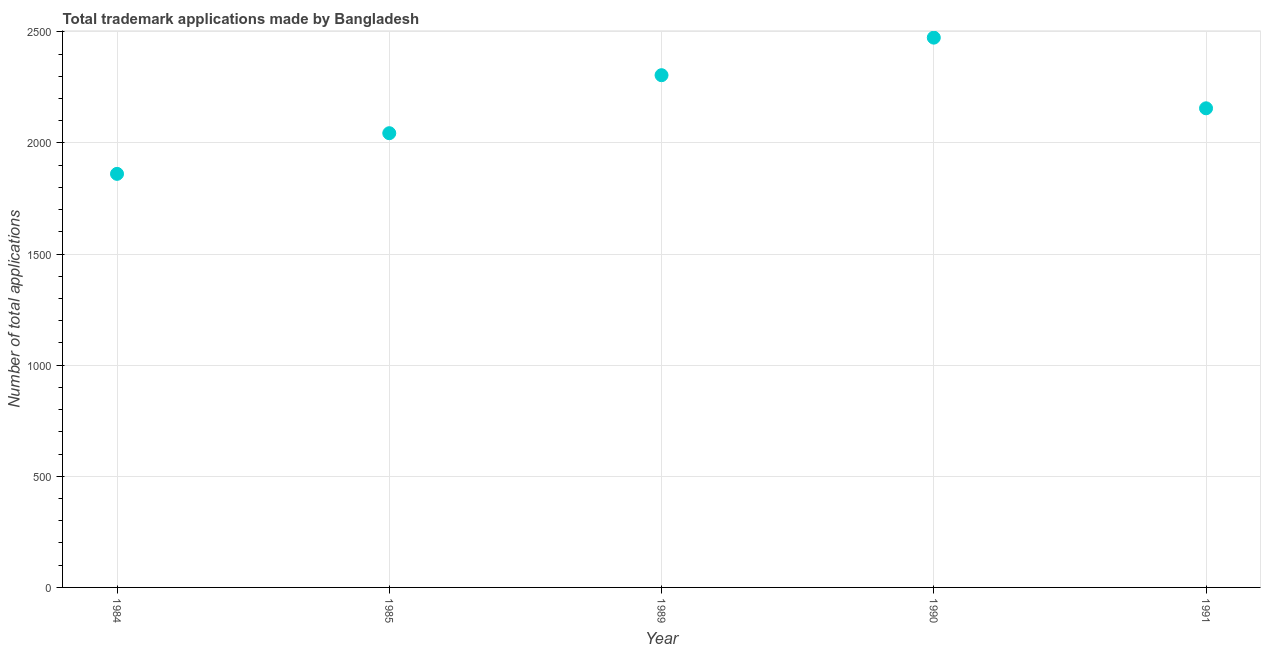
| Year | Trademark applications |
 | --- | --- |
 | 1984 | 1.86e+03 |
 | 1985 | 2.04e+03 |
 | 1989 | 2.30e+03 |
 | 1990 | 2.47e+03 |
 | 1991 | 2.16e+03 |